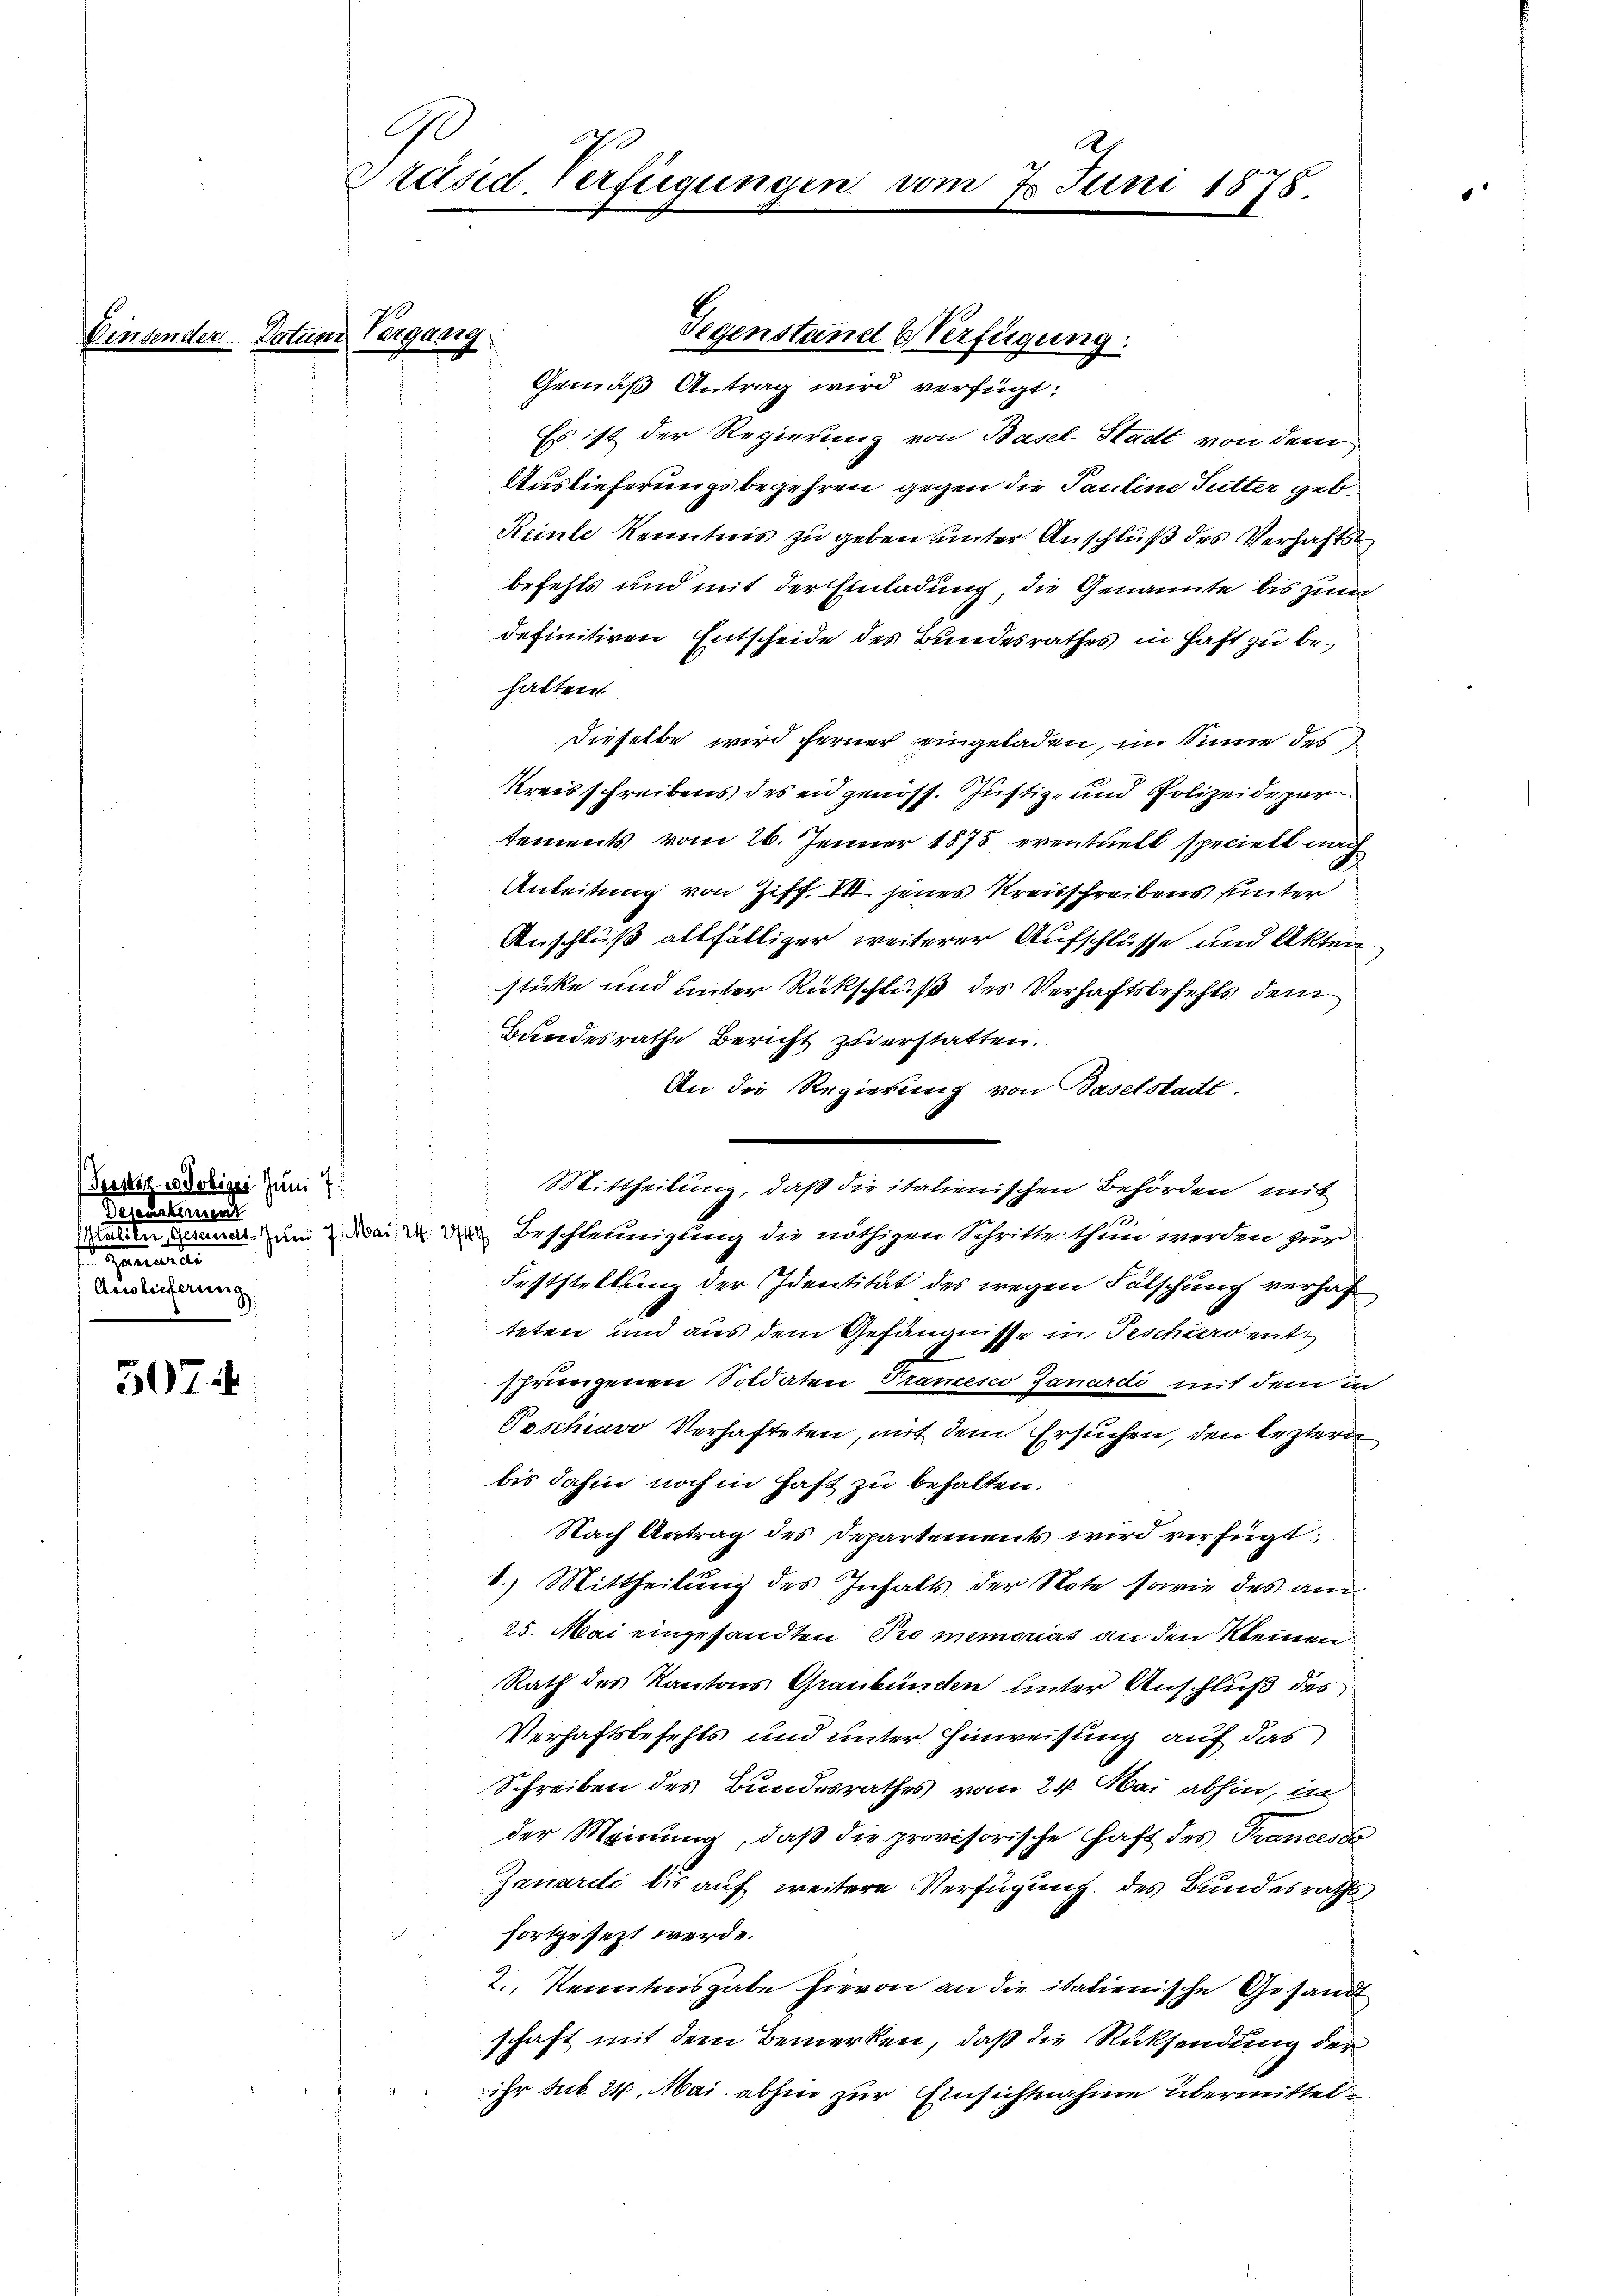
Teesezes Jobiger. Juni 7
Testatanen
aneten
Auslieferung.

507.

Datum Vergang

G
Präsid. Verfügungen

Gegenstand & Verfügung.
Gemäß Antrag wird verfügt:
Es ist der Regierung von Basel-Stadt von dem
Auslieferungsbegehren gegen die Pauline Sutter geb.
Reinte Kenntnis zu geben unter Anschluß des Verhafts
befehls und mit der Einladung, die Genannte bis zum
definitiven Entscheide des Bundesrathes in Haft zu behalten.
dieselbe wird ferner eingeladen, im Sinne des
Kreisschreibens des eidgenöss. Justiz- und Polizeidepar
tements vom 26. Jenner 1875 eventuell specielt nach
Anleitung von Ziff. VII jenes Kreisschreibens unter
Anschluß allfälliger weiterer Aufschlüsse und Akten
stücke und unter Rückschluß des Verhaftsbefehls dem
Bundesrathe Bericht zu erstatten.
An die Regierung von Baselstadt.
Mittheilung, daß die italienischen Behörden mit
alien gesandt, um Bei der Beschleunigung die nöthigen Schritte thun werden zur
Feststellung der Identität des wegen Fälschung verhaf
teten und aus dem Gefängnisse in Beschierdente
.
shrungenen Soldaten Tramesco Janardi mit dem in
Poschiavo Verhafteten, mit dem Ersuchen, den leztern
bis dahin noch in hast zu behalten.
Nach Antrag des Departements wird verfügt:
1.) Mittheilung des Inhalts der Note sowie des am
25. Mai eingesandten Promemorias an den Kleinen
Rath des Kantons Graubünden unter Anschluß des
Verhaftsbefetts und unter Hinweisung auf das
Schreiben des Bundesrathes vom 24. Mai abhin, in
der Meinung, daß die provisorische Haft des Trancesca
Janardi bis auf weitere Verfügung des Bundesraths
fortgesezt werde.
2., Kenntnisgabe hievon an die italienische Gesandt
schaft mit dem Bemerken, daß die Rücksendung der
ihr sub 24. Mai abhin zur Einsichtnahme übermittel¬

At
vom 7. Juni 1878.